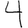
Digit: 4